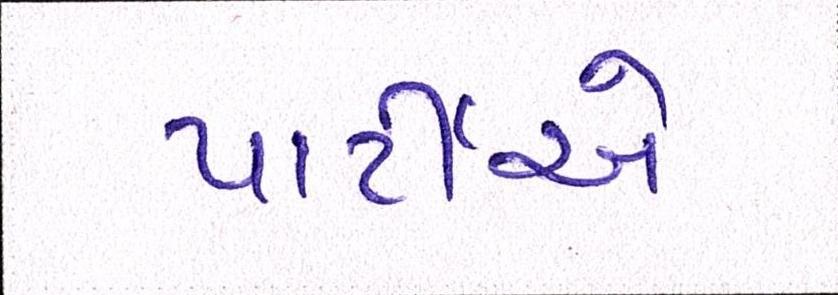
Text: પાર્ટીએ